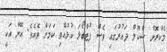
މެކްރޮން ސްކޫލް ދައުރުގައި ވެސް ފުޓްބޯޅަ ކުޅުއްވި ކަމަށް ވެއެވެ. އޭނާ އަކީ